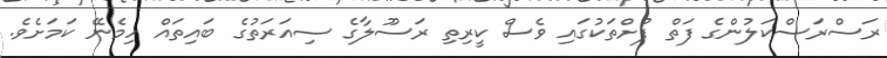
ރަސްރަސްކަލުންގެ ފަތް ފުށްތަކުގައި ވެސް ކީރިތި ރަސޫލާގެ ސިއަރަތުގެ ބައިތައް ހިމެނޭ ކަމަށެވެ.